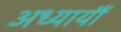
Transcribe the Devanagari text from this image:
अध्यायौं